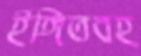
ইঙ্গিতবহ